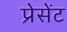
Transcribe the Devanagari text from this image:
प्रेसेंट